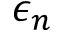
\epsilon _ { n }